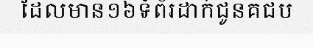
ដែលមាន១៦ទំព័រដាក់ជូនគជប